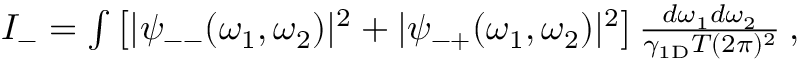
\begin{array} { r } { I _ { - } = \int \left[ | \psi _ { -- } ( \omega _ { 1 } , \omega _ { 2 } ) | ^ { 2 } + | \psi _ { - + } ( \omega _ { 1 } , \omega _ { 2 } ) | ^ { 2 } \right] \frac { d \omega _ { 1 } d \omega _ { 2 } } { \gamma _ { \mathrm { 1 D } } T ( 2 \pi ) ^ { 2 } } \: , } \end{array}